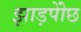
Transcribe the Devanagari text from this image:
झाड़पोेंछ